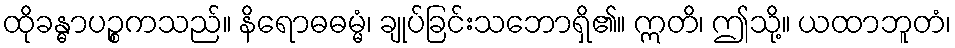
ထိုခန္ဓာပဉ္စကသည်။ နိရောဓဓမ္မံ၊ ချုပ်ခြင်းသဘောရှိ၏။ ဣတိ၊ ဤသို့။ ယထာဘူတံ၊